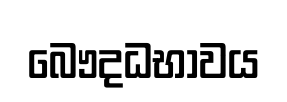
බෞදධභාවය